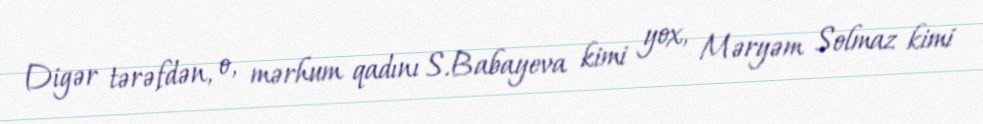
Digər tərəfdən, o, mərhum qadını S.Babayeva kimi yox, Məryəm Solmaz kimi